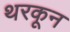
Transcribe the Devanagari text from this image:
थरकून